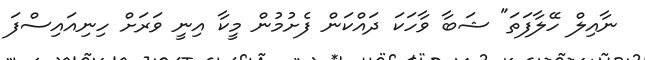
ނާއިލް ހޭލާފަތަ" ޝަބާ ވާހަކަ ދައްކަން ފެށުމުން މީކާ އިނީ ވަރަށް ހިނިއައިސްފަ